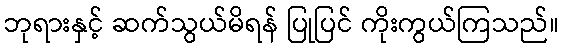
ဘုရားနှင့် ဆက်သွယ်မိရန် ပြုပြင် ကိုးကွယ်ကြသည်။